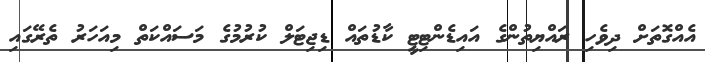
އެއްގޮތަށް ދިވެހި ރައްޔިތުންގެ އައިޑެންޓިޓީ ކާޑުތައް ޑިޖިޓަލް ކުރުމުގެ މަސައްކަތް މިއަހަރު ތެރޭގައި